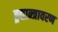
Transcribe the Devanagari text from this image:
ह्र्द्यान्त्रावरण